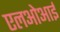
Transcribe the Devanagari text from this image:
एलओआई